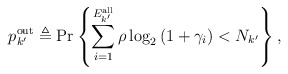
\begin{align*}p^{\textrm{out}}_{k'}\triangleq\textrm{Pr}\left\{\sum_{i=1}^{E^{\textrm{all}}_{k'}}\rho \log_2\left(1+\gamma_i\right)< N_{k'}\right\},\end{align*}